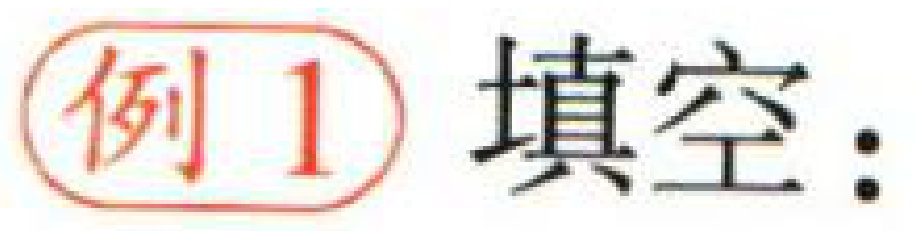
例 1 填空：